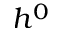
h ^ { 0 }